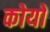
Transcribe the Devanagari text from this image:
कोयों